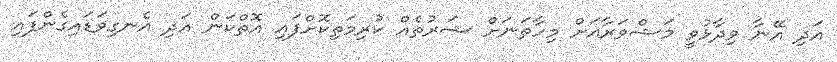
އަދި އޭނާ ވިދާޅުވީ މަޝްވަރާއަށް މިހާތަަނަށް ޝަރުތެއް ކުރިމަތިކޮށްފައި އޮތްކަން އަދި އެނގިވަޑައިގެންފައި